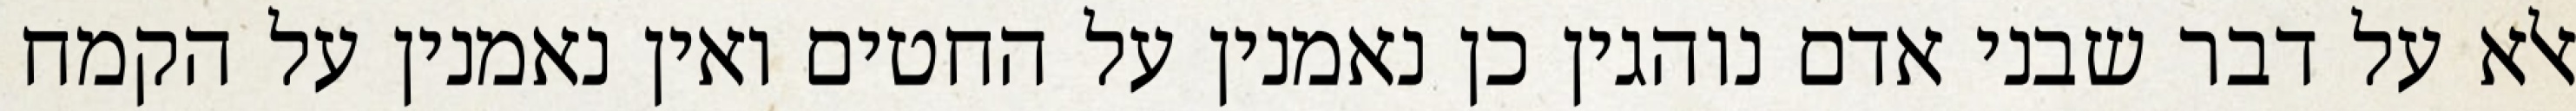
אלא על דבר שבני אדם נוהגין כן נאמנין על החטים ואין נאמנין על הקמח